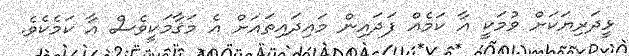
ޅީދަރިޔަކަށް ވުމަކީ އާ ކަމެއް ފަދައިން މައިދައިތައަށް އެ މަޤާމަކީވެސް އާ ކަމެކެވެ.